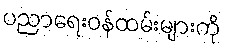
ပညာရေးဝန်ထမ်းများကို